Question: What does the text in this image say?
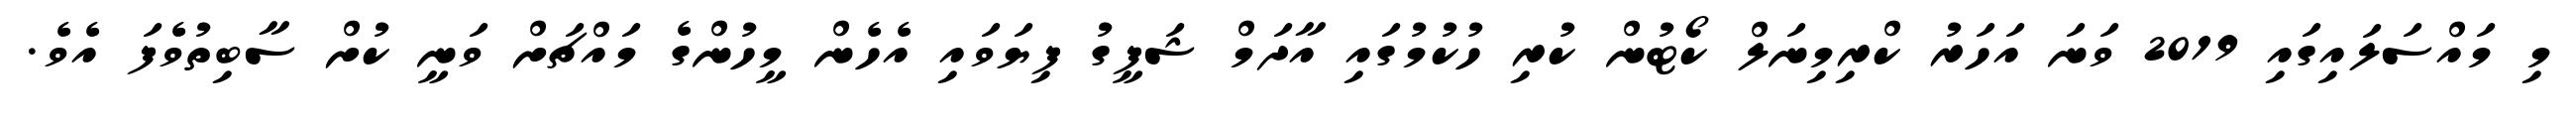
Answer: މި މައްސަލައިގައި 2019 ވަނަ އަހަރު ކްރިމިނަލް ކޯޓުން ކުރި ހުކުމުގައި އާދަމް ޝަފީގު ފިޔަވައި އެހެން މީހުންގެ މައްޗަށް ވަނީ ކުށް ސާބިތުވެފަ އެވެ.